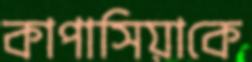
কাপাসিয়াকে